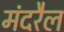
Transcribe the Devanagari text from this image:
मंदरैल